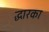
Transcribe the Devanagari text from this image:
द्धारका